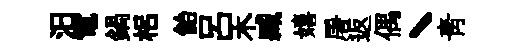
汨電鍋梠飴呂木臧嬉屠返偶丶靑